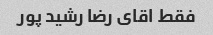
فقط اقای رضا رشید پور